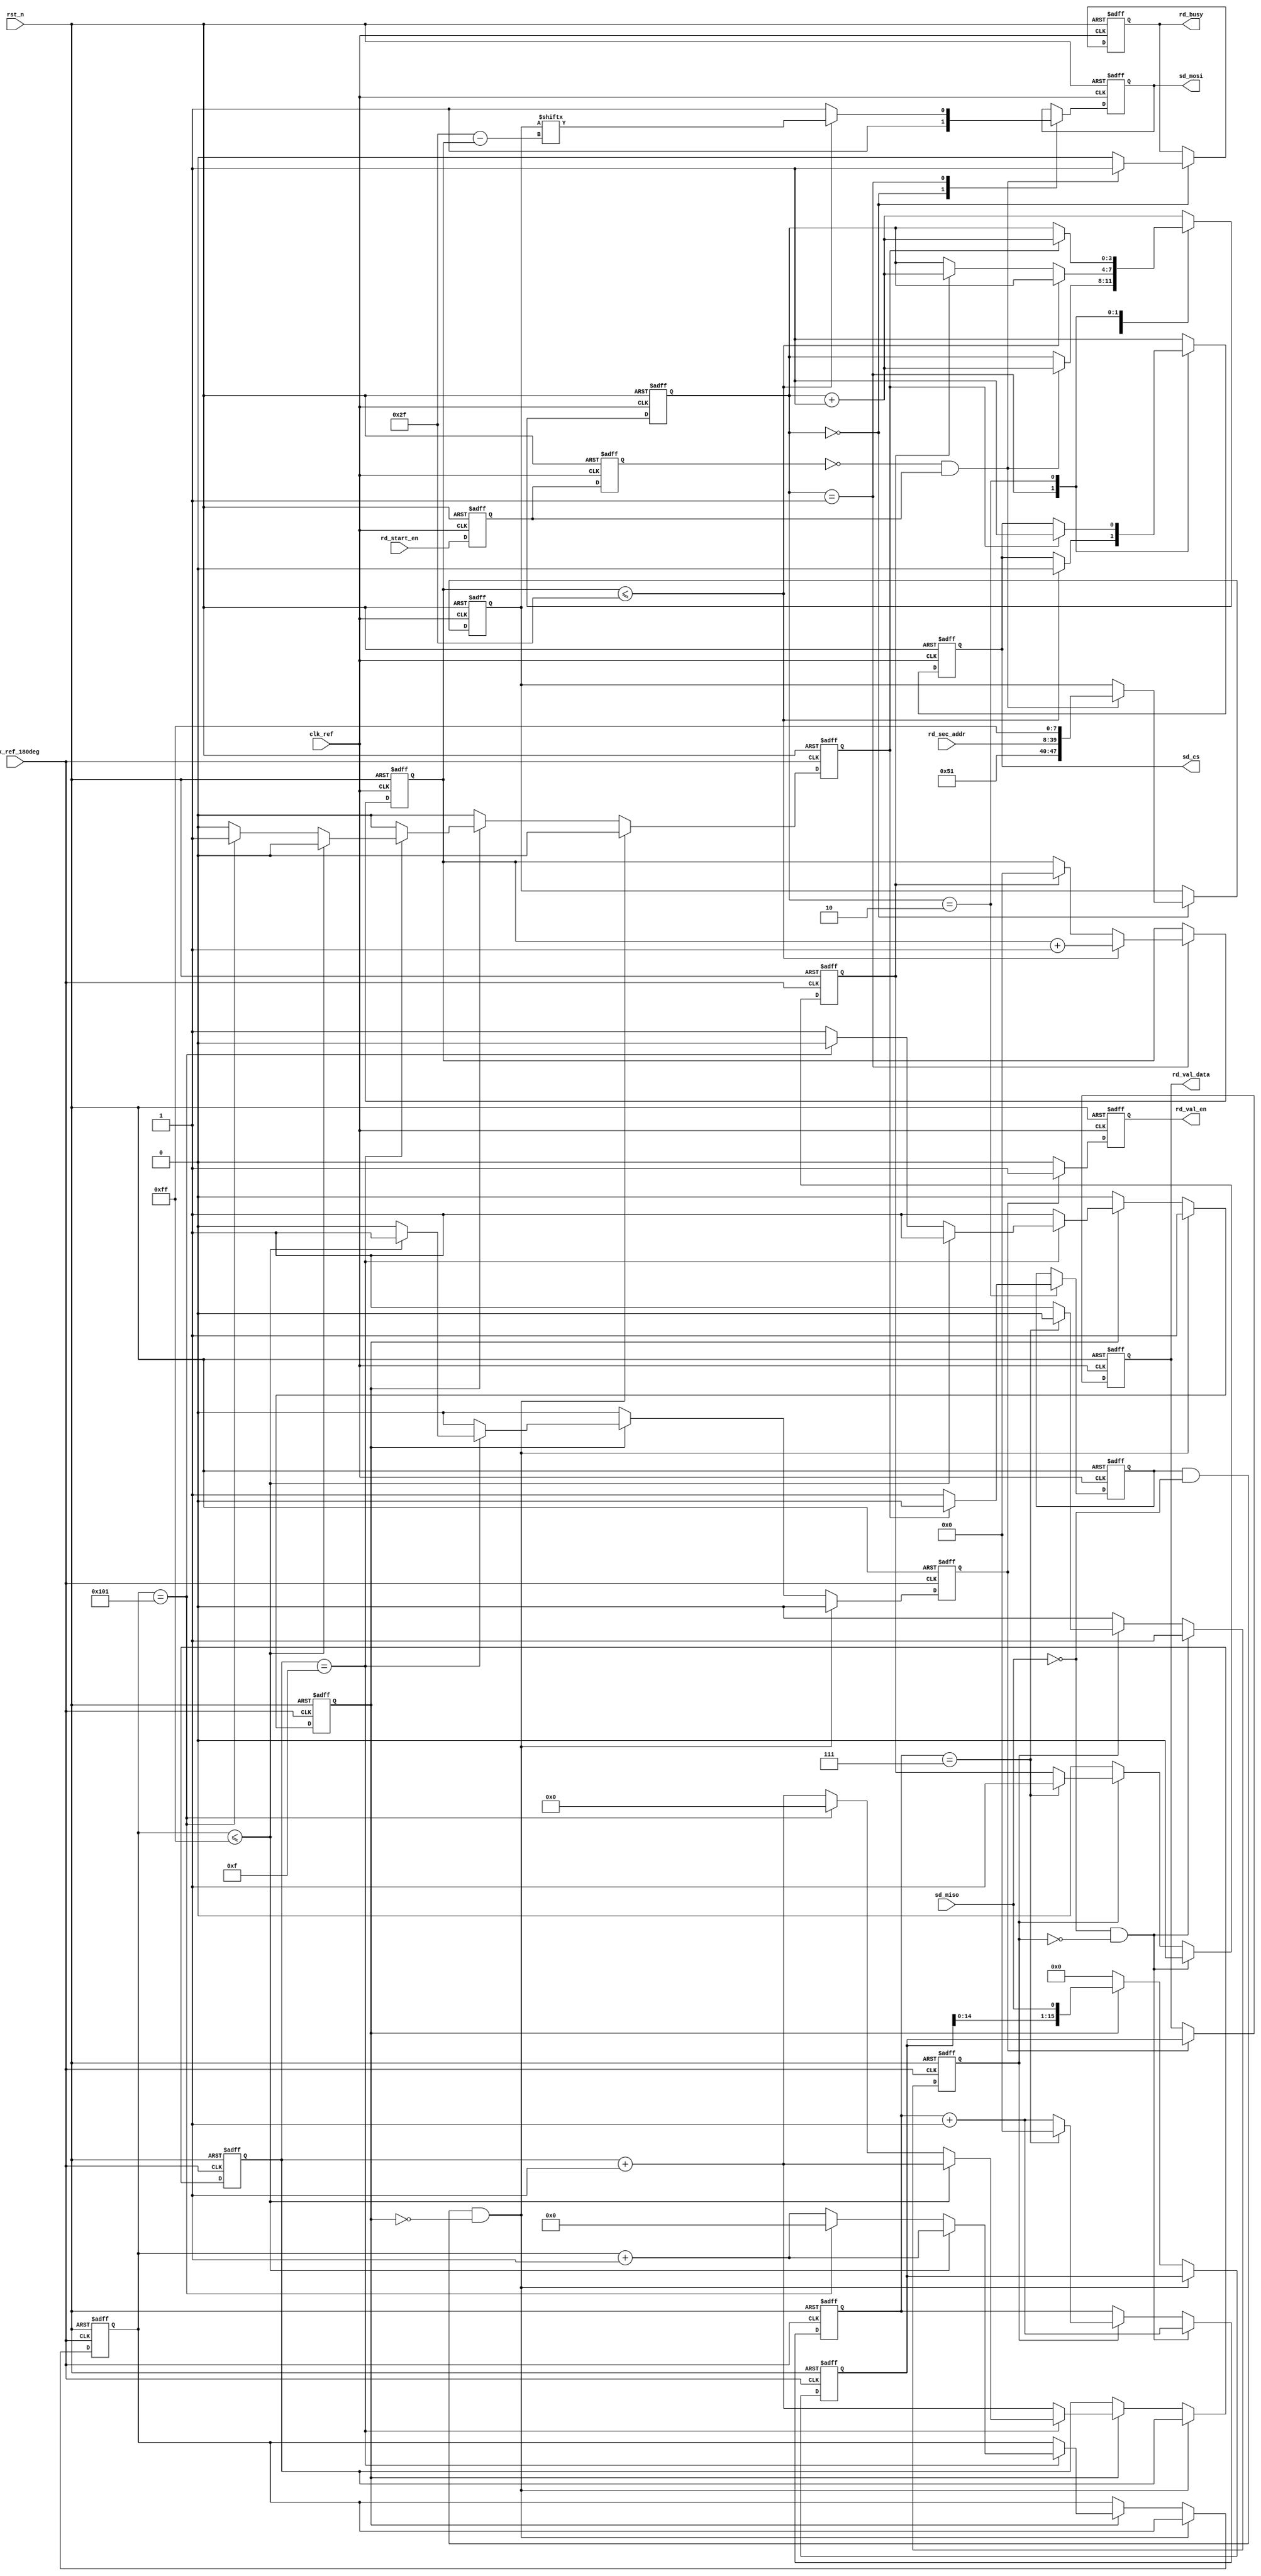
//****************************************Copyright (c)***********************************//
//www.yuanzige.com
//www.openedv.com
//http://openedv.taobao.com
//""ZYNQ & FPGA & STM32 & LINUX
//
//Copyright(C)  2018-2028
//All rights reserved
//----------------------------------------------------------------------------------------
// File name:           sd_read
// Last modified Date:  2020/05/28 20:28:08
// Last Version:        V1.0
// Descriptions:        SD
//                      
//----------------------------------------------------------------------------------------
// Created by:          
// Created date:        2020/05/28 20:28:08
// Version:             V1.0
// Descriptions:        The original version
//
//----------------------------------------------------------------------------------------
//****************************************************************************************//

module sd_read(
    input                clk_ref       ,  //
    input                clk_ref_180deg,  //,clk_ref180
    input                rst_n         ,  //,
    //SD
    input                sd_miso       ,  //SDSPI
    output  reg          sd_cs         ,  //SDSPI
    output  reg          sd_mosi       ,  //SDSPI
       //    
    input                rd_start_en   ,  //SD
    input        [31:0]  rd_sec_addr   ,  //                        
    output  reg          rd_busy       ,  //
    output  reg          rd_val_en     ,  //
    output  reg  [15:0]  rd_val_data      //
    );

//reg define
reg            rd_en_d0      ;            //rd_start_en
reg            rd_en_d1      ;                                
reg            res_en        ;            //SD      
reg    [7:0]   res_data      ;            //SD                  
reg            res_flag      ;            //            
reg    [5:0]   res_bit_cnt   ;            //                  
                             
reg            rx_en_t       ;            //SD
reg    [15:0]  rx_data_t     ;            //SD
reg            rx_flag       ;            //
reg    [3:0]   rx_bit_cnt    ;            //
reg    [8:0]   rx_data_cnt   ;            //
reg            rx_finish_en  ;            //
                             
reg    [3:0]   rd_ctrl_cnt   ;            //
reg    [47:0]  cmd_rd        ;            //
reg    [5:0]   cmd_bit_cnt   ;            //
reg            rd_data_flag  ;            //

//wire define
wire           pos_rd_en     ;            //SD

//*****************************************************
//**                    main code
//*****************************************************

assign  pos_rd_en = (~rd_en_d1) & rd_en_d0;

//rd_start_en
always @(posedge clk_ref or negedge rst_n) begin
    if(!rst_n) begin
        rd_en_d0 <= 1'b0;
        rd_en_d1 <= 1'b0;
    end    
    else begin
        rd_en_d0 <= rd_start_en;
        rd_en_d1 <= rd_en_d0;
    end        
end  

//sd
//clk_ref_180deg(sd_clk)
always @(posedge clk_ref_180deg or negedge rst_n) begin
    if(!rst_n) begin
        res_en <= 1'b0;
        res_data <= 8'd0;
        res_flag <= 1'b0;
        res_bit_cnt <= 6'd0;
    end    
    else begin
        //sd_miso = 0 
        if(sd_miso == 1'b0 && res_flag == 1'b0) begin
            res_flag <= 1'b1;
            res_data <= {res_data[6:0],sd_miso};
            res_bit_cnt <= res_bit_cnt + 6'd1;
            res_en <= 1'b0;
        end    
        else if(res_flag) begin
            res_data <= {res_data[6:0],sd_miso};
            res_bit_cnt <= res_bit_cnt + 6'd1;
            if(res_bit_cnt == 6'd7) begin
                res_flag <= 1'b0;
                res_bit_cnt <= 6'd0;
                res_en <= 1'b1; 
            end                
        end  
        else
            res_en <= 1'b0;        
    end
end 

//SD
//clk_ref_180deg(sd_clk)
always @(posedge clk_ref_180deg or negedge rst_n) begin
    if(!rst_n) begin
        rx_en_t <= 1'b0;
        rx_data_t <= 16'd0;
        rx_flag <= 1'b0;
        rx_bit_cnt <= 4'd0;
        rx_data_cnt <= 9'd0;
        rx_finish_en <= 1'b0;
    end    
    else begin
        rx_en_t <= 1'b0; 
        rx_finish_en <= 1'b0;
        //0xfe 8'b1111_11100
        if(rd_data_flag && sd_miso == 1'b0 && rx_flag == 1'b0)    
            rx_flag <= 1'b1;   
        else if(rx_flag) begin
            rx_bit_cnt <= rx_bit_cnt + 4'd1;
            rx_data_t <= {rx_data_t[14:0],sd_miso};
            if(rx_bit_cnt == 4'd15) begin 
                rx_data_cnt <= rx_data_cnt + 9'd1;
                //BLOCK512 = 256 * 16bit 
                if(rx_data_cnt <= 9'd255)                        
                    rx_en_t <= 1'b1;  
                else if(rx_data_cnt == 9'd257) begin   //CRC
                    rx_flag <= 1'b0;
                    rx_finish_en <= 1'b1;              //
                    rx_data_cnt <= 9'd0;               
                    rx_bit_cnt <= 4'd0;
                end    
            end                
        end       
        else
            rx_data_t <= 16'd0;
    end    
end    

//
always @(posedge clk_ref or negedge rst_n) begin
    if(!rst_n) begin
        rd_val_en <= 1'b0;
        rd_val_data <= 16'd0;
    end
    else begin
        if(rx_en_t) begin
            rd_val_en <= 1'b1;
            rd_val_data <= rx_data_t;
        end    
        else
            rd_val_en <= 1'b0;
    end
end              

//
always @(posedge clk_ref or negedge rst_n) begin
    if(!rst_n) begin
        sd_cs <= 1'b1;
        sd_mosi <= 1'b1;        
        rd_ctrl_cnt <= 4'd0;
        cmd_rd <= 48'd0;
        cmd_bit_cnt <= 6'd0;
        rd_busy <= 1'b0;
        rd_data_flag <= 1'b0;
    end   
    else begin
        case(rd_ctrl_cnt)
            4'd0 : begin
                rd_busy <= 1'b0;
                sd_cs <= 1'b1;
                sd_mosi <= 1'b1;
                if(pos_rd_en) begin
                    cmd_rd <= {8'h51,rd_sec_addr,8'hff};    //CMD17
                    rd_ctrl_cnt <= rd_ctrl_cnt + 4'd1;      //1
                    //,
                    rd_busy <= 1'b1;                      
                end    
            end
            4'd1 : begin
                if(cmd_bit_cnt <= 6'd47) begin              //
                    cmd_bit_cnt <= cmd_bit_cnt + 6'd1;
                    sd_cs <= 1'b0;
                    sd_mosi <= cmd_rd[6'd47 - cmd_bit_cnt]; //
                end    
                else begin                                  
                    sd_mosi <= 1'b1;
                    if(res_en) begin                        //SD
                        rd_ctrl_cnt <= rd_ctrl_cnt + 4'd1;  //1 
                        cmd_bit_cnt <= 6'd0;
                    end    
                end    
            end    
            4'd2 : begin
                //rd_data_flag,
                rd_data_flag <= 1'b1;                       
                if(rx_finish_en) begin                      //
                    rd_ctrl_cnt <= rd_ctrl_cnt + 4'd1; 
                    rd_data_flag <= 1'b0;
                    sd_cs <= 1'b1;
                end
            end        
            default : begin
                //,,8
                sd_cs <= 1'b1;   
                rd_ctrl_cnt <= rd_ctrl_cnt + 4'd1;
            end    
        endcase
    end         
end

endmodule